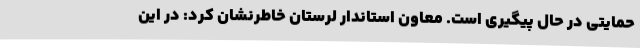
حمایتی در حال پیگیری است. معاون استاندار لرستان خاطرنشان کرد: در این